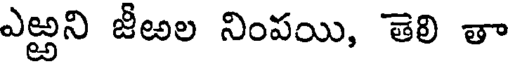
ఎఱ్ఱని జీఱల నింపయి, తెలి తా